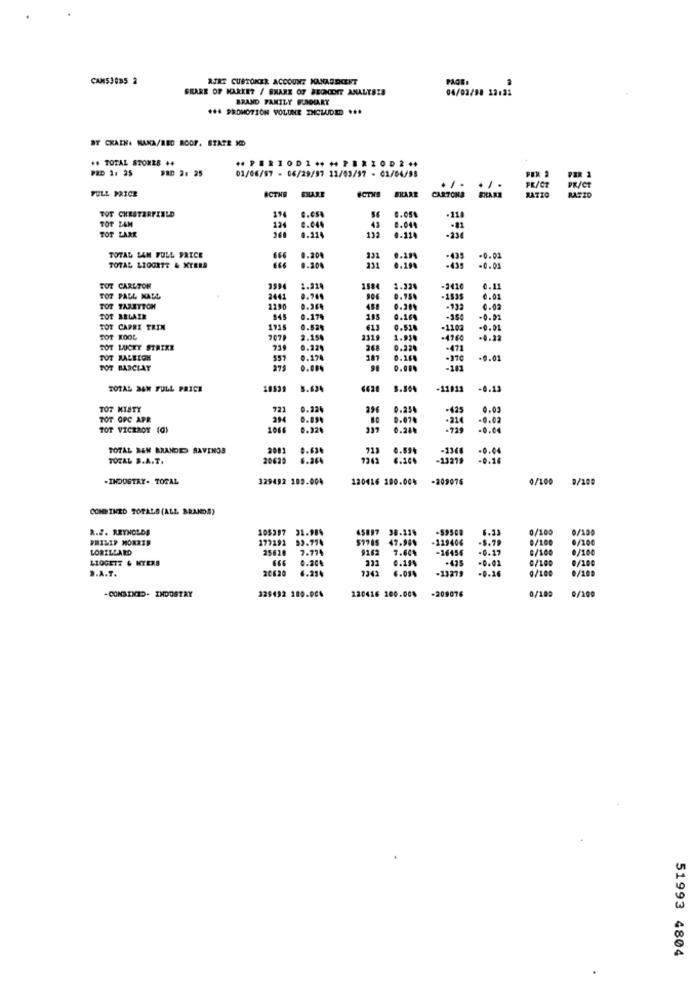
CAN53035 2
AIRE CUSTOMER ACCOUNT MANAGEMENT
PAGE:
SHARE OF KARKE? / BMARE OF BEONEHIT ANALYSIS
04/02/08 12:22
BRAND FAMILY BUNDIARY
** 4 PROMOTION VOLUME INCLUDED ...
BT CKAIN: RAKA/RED ROOF. STATE
## TOTAL STOREB ++
PRD 2: 25
01/06/57 - 06/29/97 12/03/97 - 01/04/98
FER 2
FULL PRICE
BCTHE
CARTONS
GIRARE
PR/CT
PK/CT
SHARE
4CTNS
SHARE
RATIO
RATIO
TOT CHESTERFIELD
19
-118
TOT BEM
124
43
0.044
TOT LARK
0.114
-234
TOTAL LAN FULL PRICE
0.20€
0.29
-435
-0.02
TOTAL LIGGETT & XYERA
666
0.200
231
0.190
-435
-0.03
TOT CARLTON
1.224
1584
-2410
0.11
TOT PALL MALL
2442
906
0.95%
-1535
0.01
TOT TAARTTON
1290
0.264
458
0.20%
-932
0.02
FOT BELAIR
845
0.27%
0.16%
-350
-0.01
TOT CAPRI TRIN
1955
0.52%
613
0.51
-1102
-0.01
TOT KOOL
707₽
2.154
231
1.93
-4760
-0.22
TOT LUCKY STRIKE
739
0.229
268
0.224
-471
TOT RALEIGH
557
0.174
181
0.168
-0.01
TOT BARCLAY
275
-181
TOTAL 24W FULL PRICE
5.634
-11011
-0.13
TOT MISTY
721
0.224
0.254
-425
0.03
TOT OPC APR
294
0.07.
-214
-0.02
TOT VICEROY (0)
1066
0.22
0.24.
-729
0.04
TOTAL BEN BRANDED SAVINGS
2081
0.63.
711
0.594
-1368
-0.04
TOTAL S.A.T.
20629
6.26
-13279
-0.16
-INDUSTRY- TOTAL
329492 180.004
120416 100.00%
-209076
0/100
9/100
COMBINED TOPALS (ALL BRANDS)
R.J. REYNOLDS
105397 31.984
45897 98.224
-59500
6.33
0/100
0/100
PHILIP MORRIS
177192
53.774
47.98%
-119406
-$.79
0/100
0/10€
LORILLARD
25618
7.774
7.60%
-16455
-0.17
0/100
0/100
LIGGETZ & MYERS
0.204
0.19%
-415
-0.01
0/100
0/100
3.A.T.
206.20
6.25%
7342
-13279
-0.26
0/100
6/100
-COMBINED- INDUSTRY
329492 180.004
-209076
9/102
0/100
120416 100.004
51993 4804